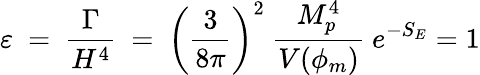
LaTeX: \varepsilon\ =\ \frac{\Gamma}{H^{4}}\ =\ \left(\frac{3}{8\pi}\right)^{2}\ \frac{M_{p}^{4}}{V(\phi_{m})}\ e^{-S_{E}}=1